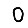
Digit: 0